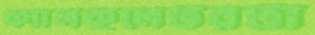
ক্যালকুলেটরটা